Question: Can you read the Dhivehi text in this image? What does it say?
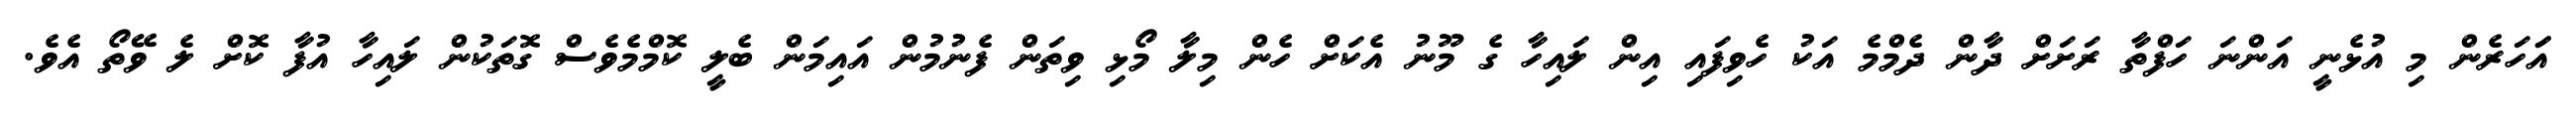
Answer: އަަހަރެން މި އުޅެނީ އަންނަ ހަފްތާ ރަށަށް ދާން ދެމްމެ އަކު ހެވިފައި އިން ލައިހާ ގެ މޫނު އެކަށް ހެން މިލާ މޯޅި ވިތަން ފެނުމުން އައިމަން ބެލީ ކޮމްމެވެސް ގޮތަކުން ލައިހާ އުފާ ކޮށް ލެ ވޭތޯ އެވެ.